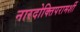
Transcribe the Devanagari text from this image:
नारदोक्तिपरामर्शी